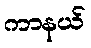
ကာနယ်